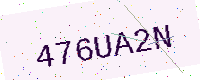
Text: 476UA2N